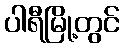
ပါရီမြို့တွင်